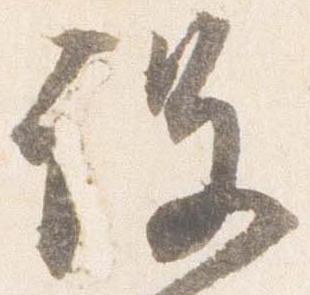
没